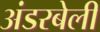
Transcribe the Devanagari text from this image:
अंडरबेली